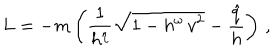
L = - m \left( \frac { 1 } { h ^ { \eta } } \sqrt { 1 - h ^ { \omega } \, v ^ { 2 } } - \frac { \hat { q } } { h } \right) \, ,